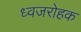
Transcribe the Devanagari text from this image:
ध्वजरोहक